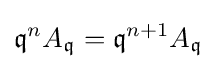
{\mathfrak {q}}^{n}A_{\mathfrak {q}}={\mathfrak {q}}^{n+1}A_{\mathfrak {q}}